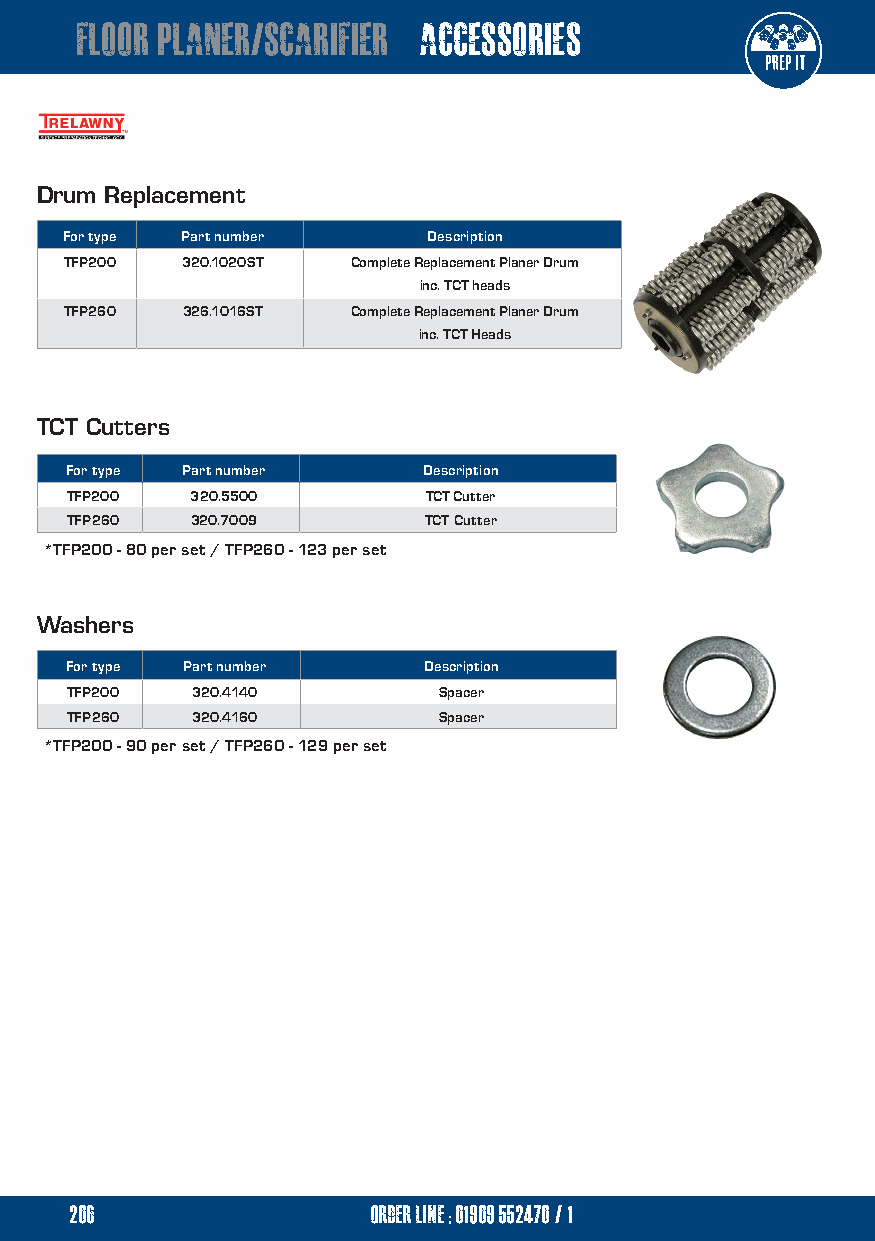
floor planer/scarifier accessories
 Drum Replacement
 For type Part number    Description
 TFP200  320.1020ST Complete Replacement Planer Drum
 inc. TCT heads
 TFP260  326.1016ST Complete Replacement Planer Drum
 inc. TCT Heads
 TCT Cutters
 For type Part number    Description
 TFP200   320.5500       TCT Cutter
 TFP260   320.7009       TCT Cutter
 *TFP200 - 80 per set / TFP260 - 123 per set
 Washers
 For type Part number    Description
 TFP200   320.4140        Spacer
 TFP260   320.4160        Spacer
 *TFP200 - 90 per set / TFP260 - 129 per set
 206                 order line ; 01909 552470/1